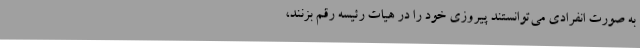
به صورت انفرادی می‌توانستند پیروزی خود را در هیات رئیسه رقم بزنند،